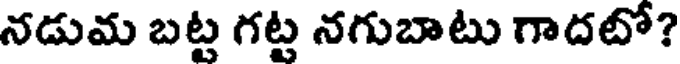
నడుమ బట్ట గట్ట నగుబాటు గాదటో?